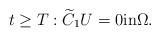
LaTeX: \begin{align*} t\geq T:\widetilde C_1 U =0\hbox{in}\Omega.\end{align*}